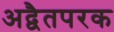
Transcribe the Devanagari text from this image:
अद्वैतपरक